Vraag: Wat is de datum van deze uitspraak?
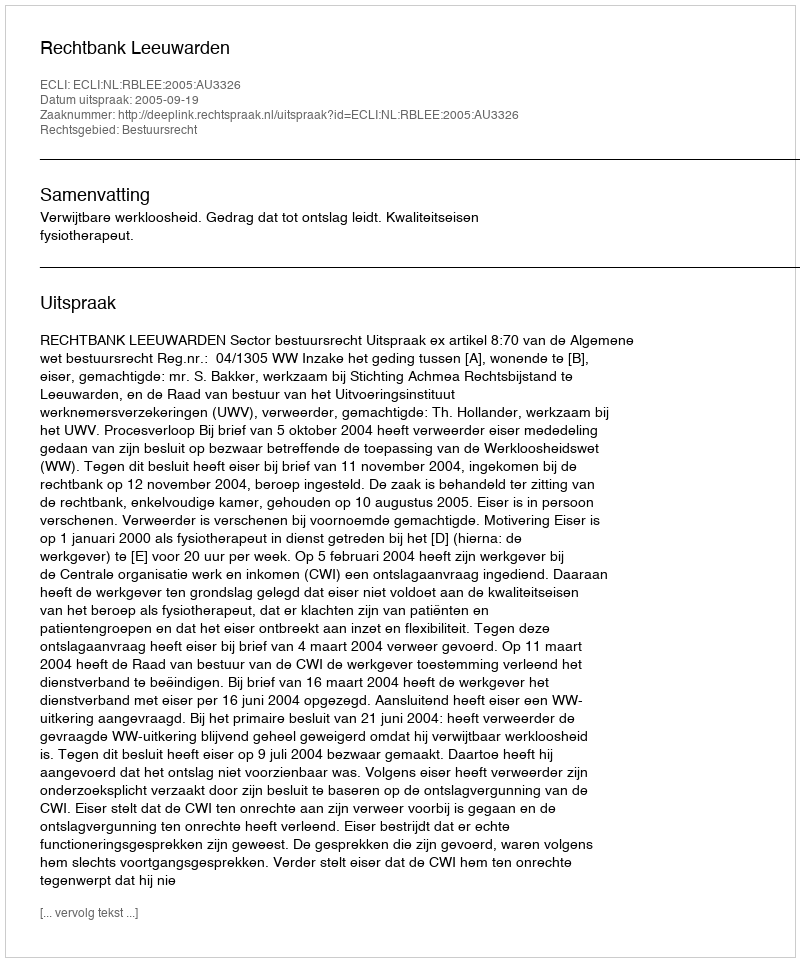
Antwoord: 2005-09-19